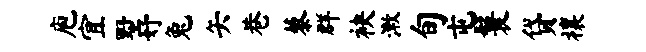
庖宜墅妤兔矢巷藜群袂漱旬屯鬟贷禳